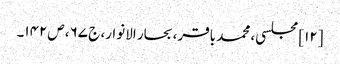
[۱۲] مجلسی، محمد باقر، بحار الانوار، ج‌ ۶۷، ص‌۱۴۲۔